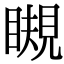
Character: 瞡